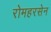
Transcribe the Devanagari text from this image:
रोमहरसेन